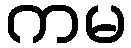
ကမ